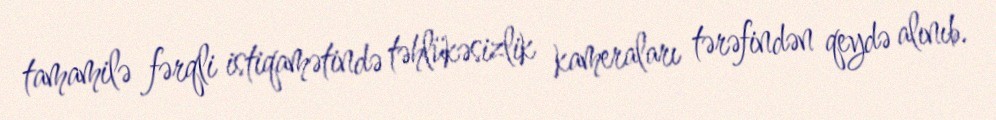
tamamilə fərqli istiqamətində təhlükəsizlik kameraları tərəfindən qeydə alınıb.